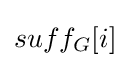
suff_{G}[i]